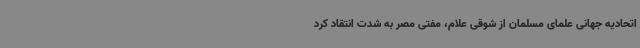
اتحادیه جهانی علمای مسلمان از شوقی علام، مفتی مصر به شدت انتقاد کرد